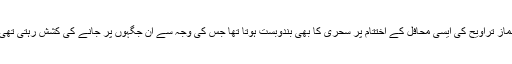
نماز تراویح کی ایسی محافل کے اختتام پر سحری کا بھی بندوبست ہوتا تھا جس کی وجہ سے ان جگہوں پر جانے کی کشش رہتی تھی۔